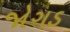
જોગડ